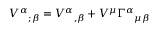
V ^ { \alpha } { } _ { ; \beta } = V ^ { \alpha } { } _ { , \beta } + V ^ { \mu } \Gamma ^ { \alpha } { } _ { \mu \beta }